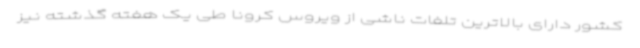
کشور دارای بالاترین تلفات ناشی از ویروس کرونا طی یک هفته گذشته نیز